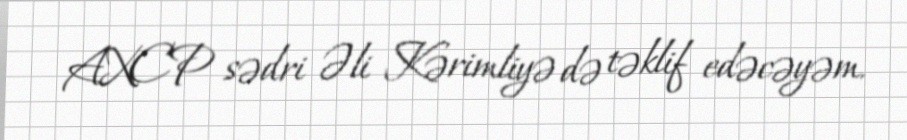
AXCP sədri Əli Kərimliyə də təklif edəcəyəm.